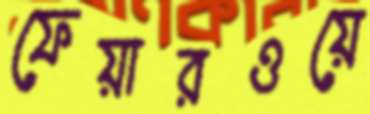
ফেয়ারওয়ে